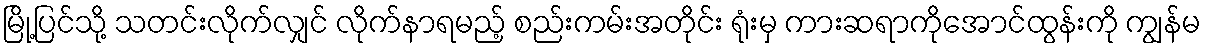
မြို့ပြင်သို့ သတင်းလိုက်လျှင် လိုက်နာရမည့် စည်းကမ်းအတိုင်း ရုံးမှ ကားဆရာကိုအောင်ထွန်းကို ကျွန်မ